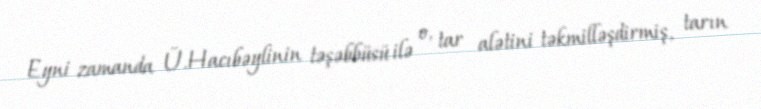
Eyni zamanda Ü.Hacıbəylinin təşəbbüsü ilə o, tar alətini təkmilləşdirmiş, tarın